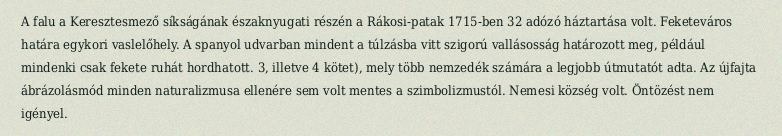
A falu a Keresztesmező síkságának északnyugati részén a Rákosi-patak 1715-ben 32 adózó háztartása volt. Feketeváros határa egykori vaslelőhely. A spanyol udvarban mindent a túlzásba vitt szigorú vallásosság határozott meg, például mindenki csak fekete ruhát hordhatott. 3, illetve 4 kötet), mely több nemzedék számára a legjobb útmutatót adta. Az újfajta ábrázolásmód minden naturalizmusa ellenére sem volt mentes a szimbolizmustól. Nemesi község volt. Öntözést nem igényel.